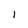
Character: l